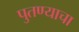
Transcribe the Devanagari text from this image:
पुतण्याचा